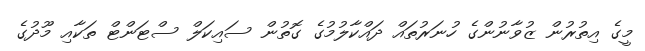
މީގެ އިތުރުން ޒުވާނުންގެ ހުނަރުތައް ދައްކާލުމުގެ ގޮތުން ސައިކަލް ސްޓަންޓް ތަކާއި މޫދުގެ